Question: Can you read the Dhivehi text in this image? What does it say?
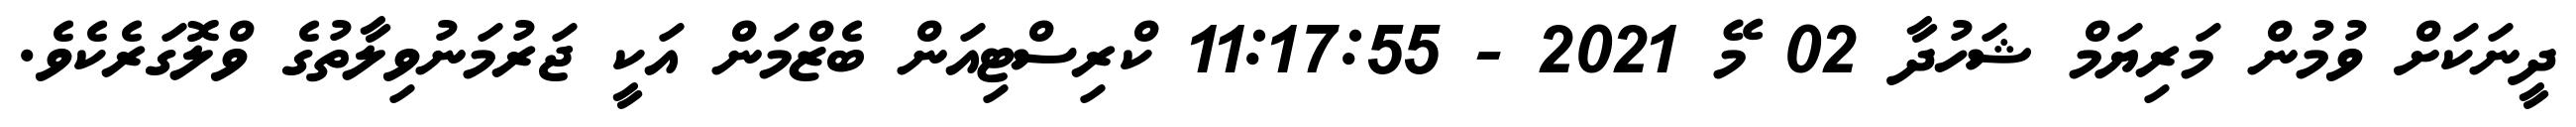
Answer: ދީނަކަށް ވުމުން މަރިޔަމް ޝަހުދާ 02 މޭ 2021 - 11:17:55 ކްރިސްޓިއަން ބެޒްމަން އަކީ ޖަރުމަނުވިލާތުގެ ވްލޮގަރެކެވެ.